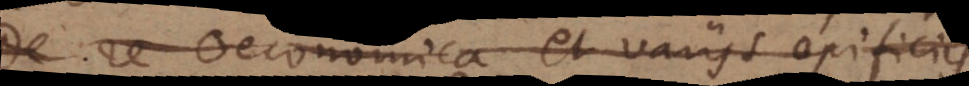
re Oeconomica et variis opificiis